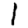
Digit: 1